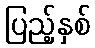
ပြည့်နှစ်